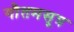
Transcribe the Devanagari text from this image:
गौतमसूत्र